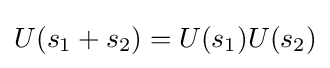
U(s_{1}+s_{2})=U(s_{1})U(s_{2})